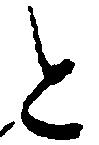
と